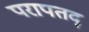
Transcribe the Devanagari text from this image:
परापतद्